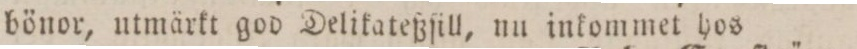
bönor, utmärkt god Delikateßſill, nu inkommet hos